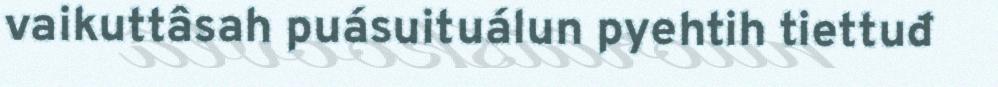
vaikuttâsah puásuituálun pyehtih tiettuđ